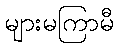
များမကြာမီ